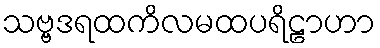
သဗ္ဗဒရထကိလမထပရိဠာဟာ